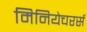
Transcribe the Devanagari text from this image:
मिनियेचरर्स